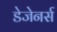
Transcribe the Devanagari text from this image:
डेजेनर्स